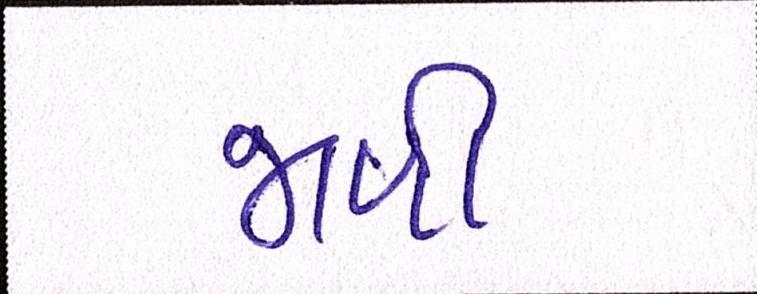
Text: જાળી